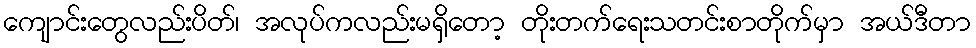
ကျောင်းတွေလည်းပိတ်၊ အလုပ်ကလည်းမရှိတော့ တိုးတက်ရေးသတင်းစာတိုက်မှာ အယ်ဒီတာ